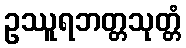
ဥဿူရဘတ္တသုတ္တံ